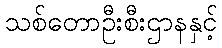
သစ်တောဦးစီးဌာနနှင့်